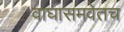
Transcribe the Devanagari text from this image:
वाघासमवेतच